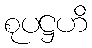
စုပဋ္ဌဟိ